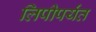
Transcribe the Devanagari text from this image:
लिपीपर्यंत